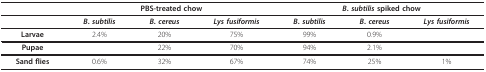
|  | <COLSPAN=3> PBS-treated chow | <COLSPAN=3> B. subtilis spiked chow |
 | --- | --- | --- | --- | --- | --- | --- |
 |  | B. subtilis | B. cereus | Lys fusiformis | B. subtilis | B. cereus | Lys fusiformis |
 | Larvae | 2.4% | 20% | 75% | 99% | 0.9% |  |
 | Pupae |  | 22% | 70% | 94% | 2.1% |  |
 | Sand flies | 0.6% | 32% | 67% | 74% | 25% | 1% |